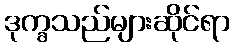
ဒုက္ခသည်များဆိုင်ရာ